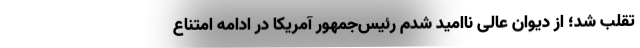
تقلب شد؛ از دیوان عالی ناامید شدم رئیس‌جمهور آمریکا در ادامه امتناع